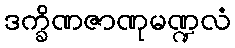
ဒက္ခိဏဇာဏုမဏ္ဍလံ